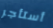
أستأجر